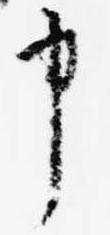
申